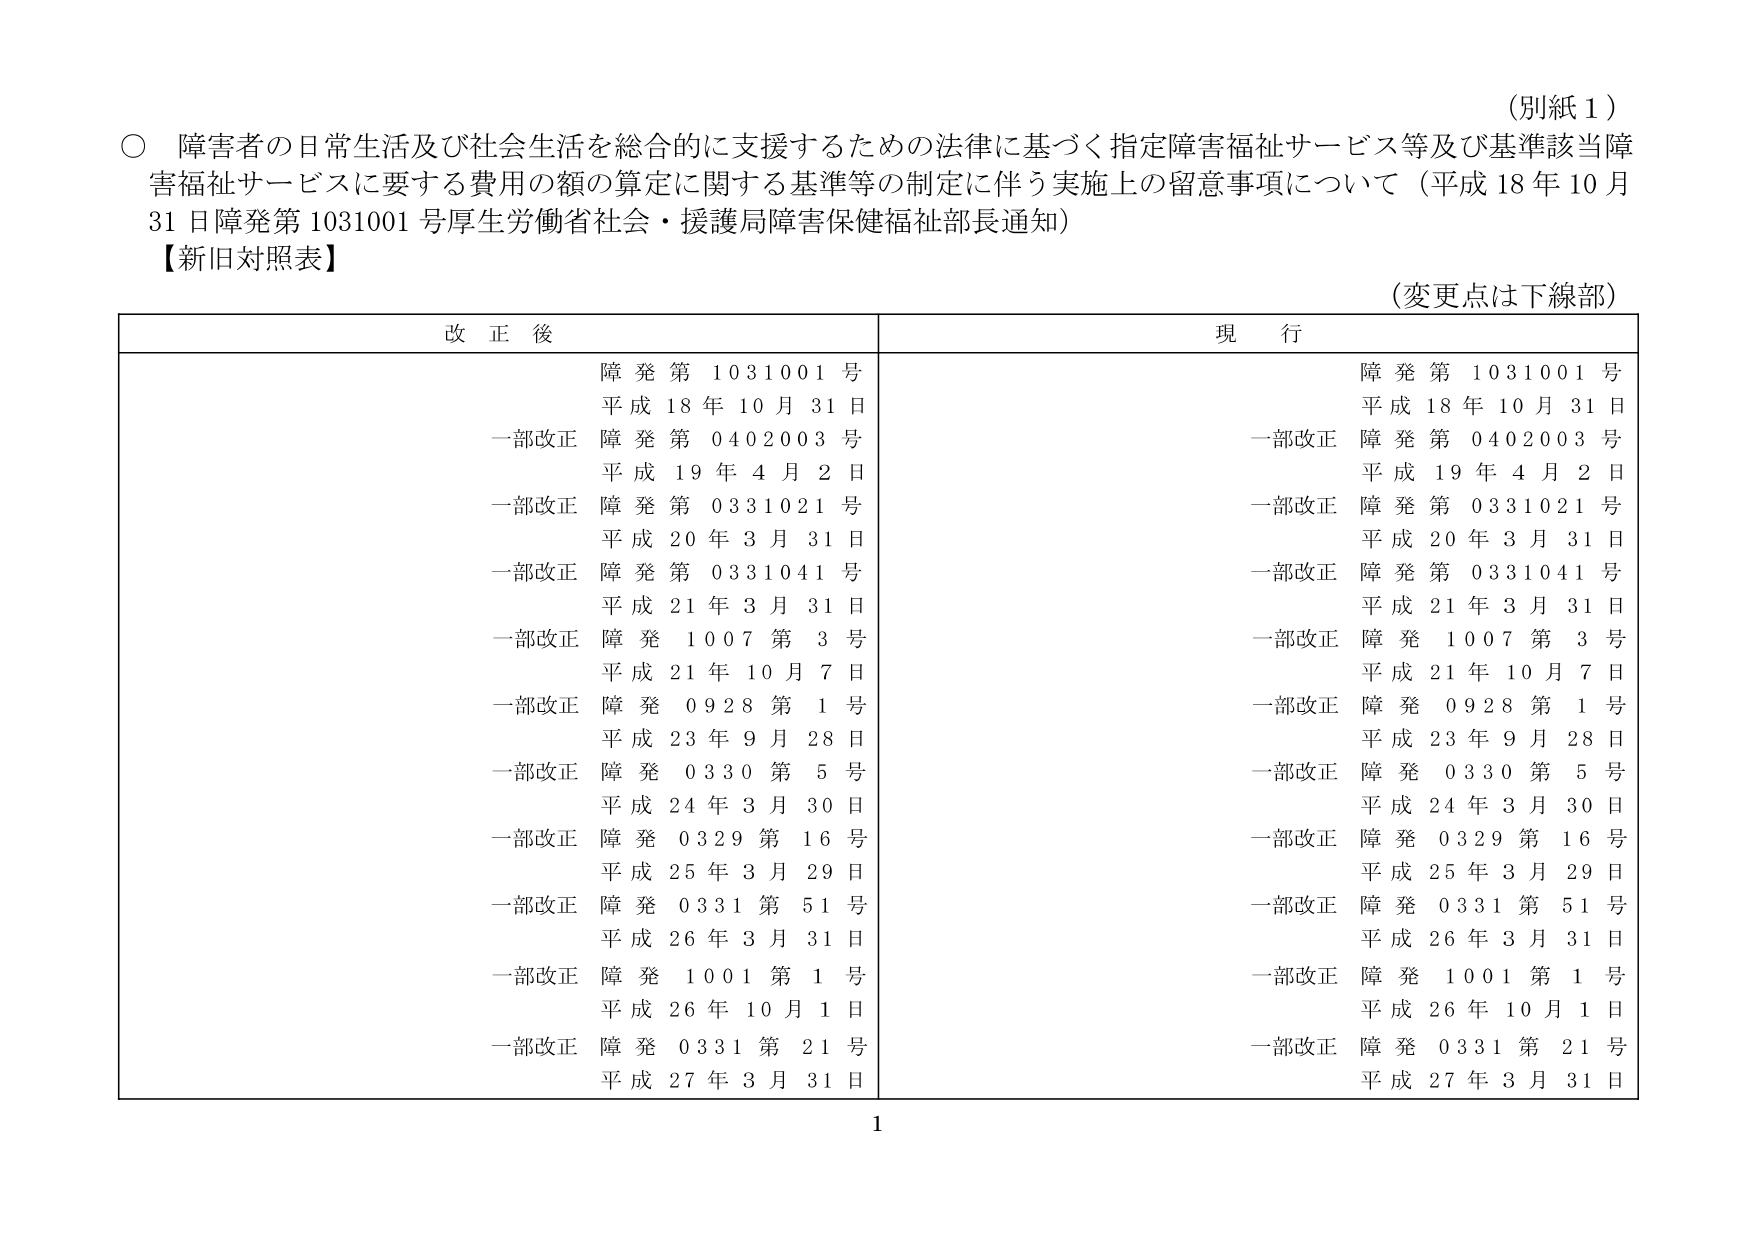
（別紙１）

○ 障害者の日常生活及び社会生活を総合的に支援するための法律に基づく指定障害福祉サービス等及び基準該当障害福祉サービスに要する費用の額の算定に関する基準等の制定に伴う実施上の留意事項について（平成18年10月31日障発第1031001号厚生労働省社会・援護局障害保健福祉部長通知）

【新旧対照表】

（変更点は下線部）

改正後　　　　　　　　　　　　　　　　　　　　　　　　　　　現行

障発第1031001号　　　　　　　　　　　　　　　　　　　　　障発第1031001号
平成18年10月31日　　　　　　　　　　　　　　　　　　　　　平成18年10月31日
一部改正 障発第0402003号　　　　　　　　　　　　　　　　　一部改正 障発第0402003号
平成19年4月2日　　　　　　　　　　　　　　　　　　　　　　平成19年4月2日
一部改正 障発第0331021号　　　　　　　　　　　　　　　　　一部改正 障発第0331021号
平成20年3月31日　　　　　　　　　　　　　　　　　　　　　平成20年3月31日
一部改正 障発第0331041号　　　　　　　　　　　　　　　　　一部改正 障発第0331041号
平成21年3月31日　　　　　　　　　　　　　　　　　　　　　平成21年3月31日
一部改正 障発1007第3号　　　　　　　　　　　　　　　　　　一部改正 障発1007第3号
平成21年10月7日　　　　　　　　　　　　　　　　　　　　　平成21年10月7日
一部改正 障発0928第1号　　　　　　　　　　　　　　　　　　一部改正 障発0928第1号
平成23年9月28日　　　　　　　　　　　　　　　　　　　　　平成23年9月28日
一部改正 障発0330第5号　　　　　　　　　　　　　　　　　　一部改正 障発0330第5号
平成24年3月30日　　　　　　　　　　　　　　　　　　　　　平成24年3月30日
一部改正 障発0329第16号　　　　　　　　　　　　　　　　　一部改正 障発0329第16号
平成25年3月29日　　　　　　　　　　　　　　　　　　　　　平成25年3月29日
一部改正 障発0331第51号　　　　　　　　　　　　　　　　　一部改正 障発0331第51号
平成26年3月31日　　　　　　　　　　　　　　　　　　　　　平成26年3月31日
一部改正 障発1001第1号　　　　　　　　　　　　　　　　　　一部改正 障発1001第1号
平成26年10月1日　　　　　　　　　　　　　　　　　　　　　平成26年10月1日
一部改正 障発0331第21号　　　　　　　　　　　　　　　　　一部改正 障発0331第21号
平成27年3月31日　　　　　　　　　　　　　　　　　　　　　平成27年3月31日

1